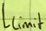
Text: Llimit